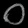
Digit: ၀